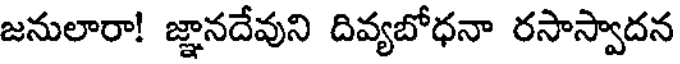
జనులారా! జ్ఞానదేవుని దివ్యబోధనా రసాస్వాదన